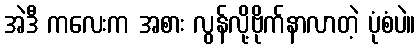
အဲဒီ ကလေးက အစား လွန်လို့ဗိုက်နာလာတဲ့ ပုံစံပဲ။